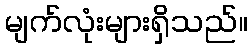
မျက်လုံးများရှိသည်။